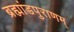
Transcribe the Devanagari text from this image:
ब्रह्मांडपुराणम्